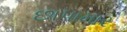
છાપામાર